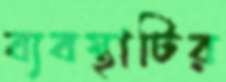
ব্যবস্থাটির